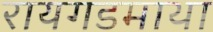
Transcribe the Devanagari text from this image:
रायगडमाथा